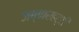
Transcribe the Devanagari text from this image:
जब्‍बारहट्टी